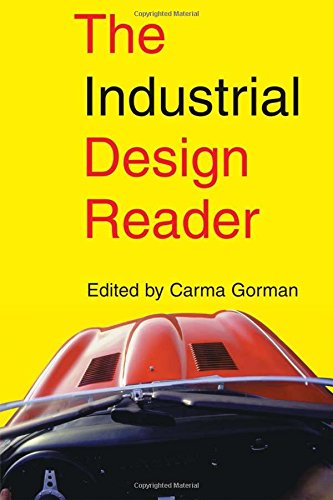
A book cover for The Industrial Design Reader; Arts & Photography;